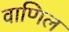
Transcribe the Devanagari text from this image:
वाणिल